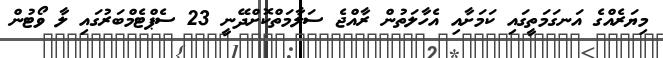
މިޔަރެއްގެ އަނގަމަތީގައި ކަމަށާއި އެހާލަތުން ރާއްޖެ ސަލާމަތްކޮށްދޭނީ 23 ސެޕްޓެމްބަރުގައި ލާ ވޯޓުން